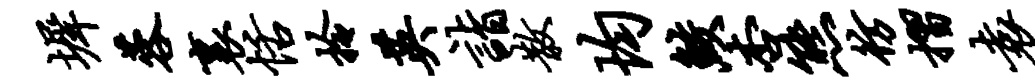
墀蓉里恬拎英诣散均鲛杏熊彷摺袁